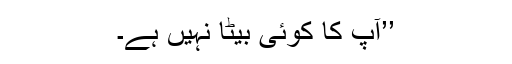
’’آپ کا کوئی بیٹا نہیں ہے۔